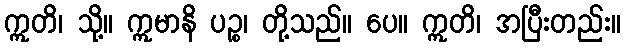
ဣတိ၊ သို့။ ဣမာနိ ပဉ္စ၊ တို့သည်။ ပေ။ ဣတိ၊ အပြီးတည်း။